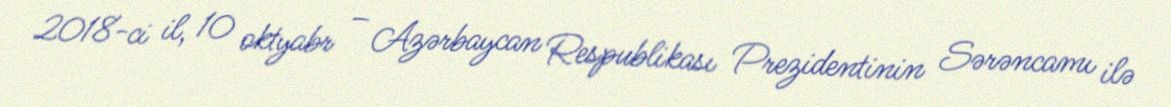
2018-ci il, 10 oktyabr – Azərbaycan Respublikası Prezidentinin Sərəncamı ilə